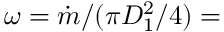
\omega = \dot { m } / ( \pi D _ { 1 } ^ { 2 } / 4 ) =